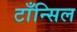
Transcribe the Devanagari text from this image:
टाँन्सिल